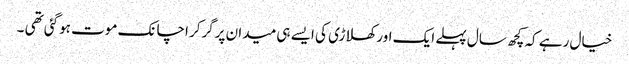
خیال رہے کہ کچھ سال پہلے ایک اور کھلاڑی کی ایسے ہی میدان پرگرکر اچانک موت ہوگئی تھی ۔